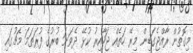
މިގޮތުން ރާއްޖެގަޑިން މިރޭ ހަތެއް ޖަހާއިރު ކުޅޭ ދެވަނަ ބުރުގެ ފުރަތަމަ މެޗުގައި